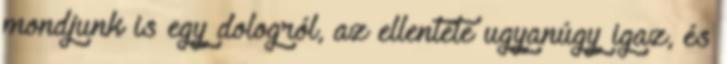
mondjunk is egy dologról, az ellentéte ugyanúgy igaz, és